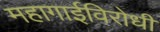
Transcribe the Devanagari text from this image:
महागाईविरोधी